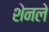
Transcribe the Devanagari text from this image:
शेनले